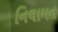
નિલામત